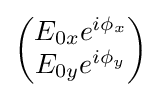
{\begin{pmatrix}E_{0x}e^{i\phi _{x}}\\E_{0y}e^{i\phi _{y}}\end{pmatrix}}